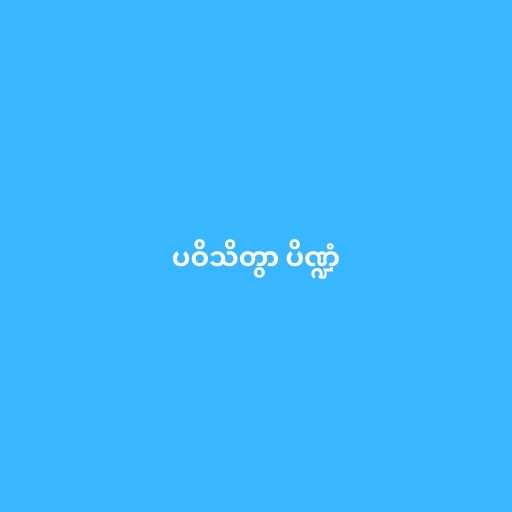
ပဝိသိတွာ ပိဏ္ဍံ